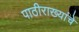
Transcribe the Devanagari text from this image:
पाठीराख्यांचे